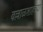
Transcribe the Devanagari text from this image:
बल्लाळशाहच्या